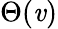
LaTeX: \Theta(\mathit{v})